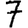
Digit: 7